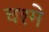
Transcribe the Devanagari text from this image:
चश्‍मे